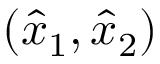
( \widehat { x } _ { 1 } , \widehat { x } _ { 2 } )